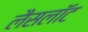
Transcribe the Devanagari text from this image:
लैसलॉट